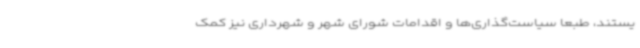
یستند، طبعا سیاست‌گذاری‌ها و اقدامات شورای شهر و شهرداری نیز کمک